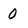
Character: 0